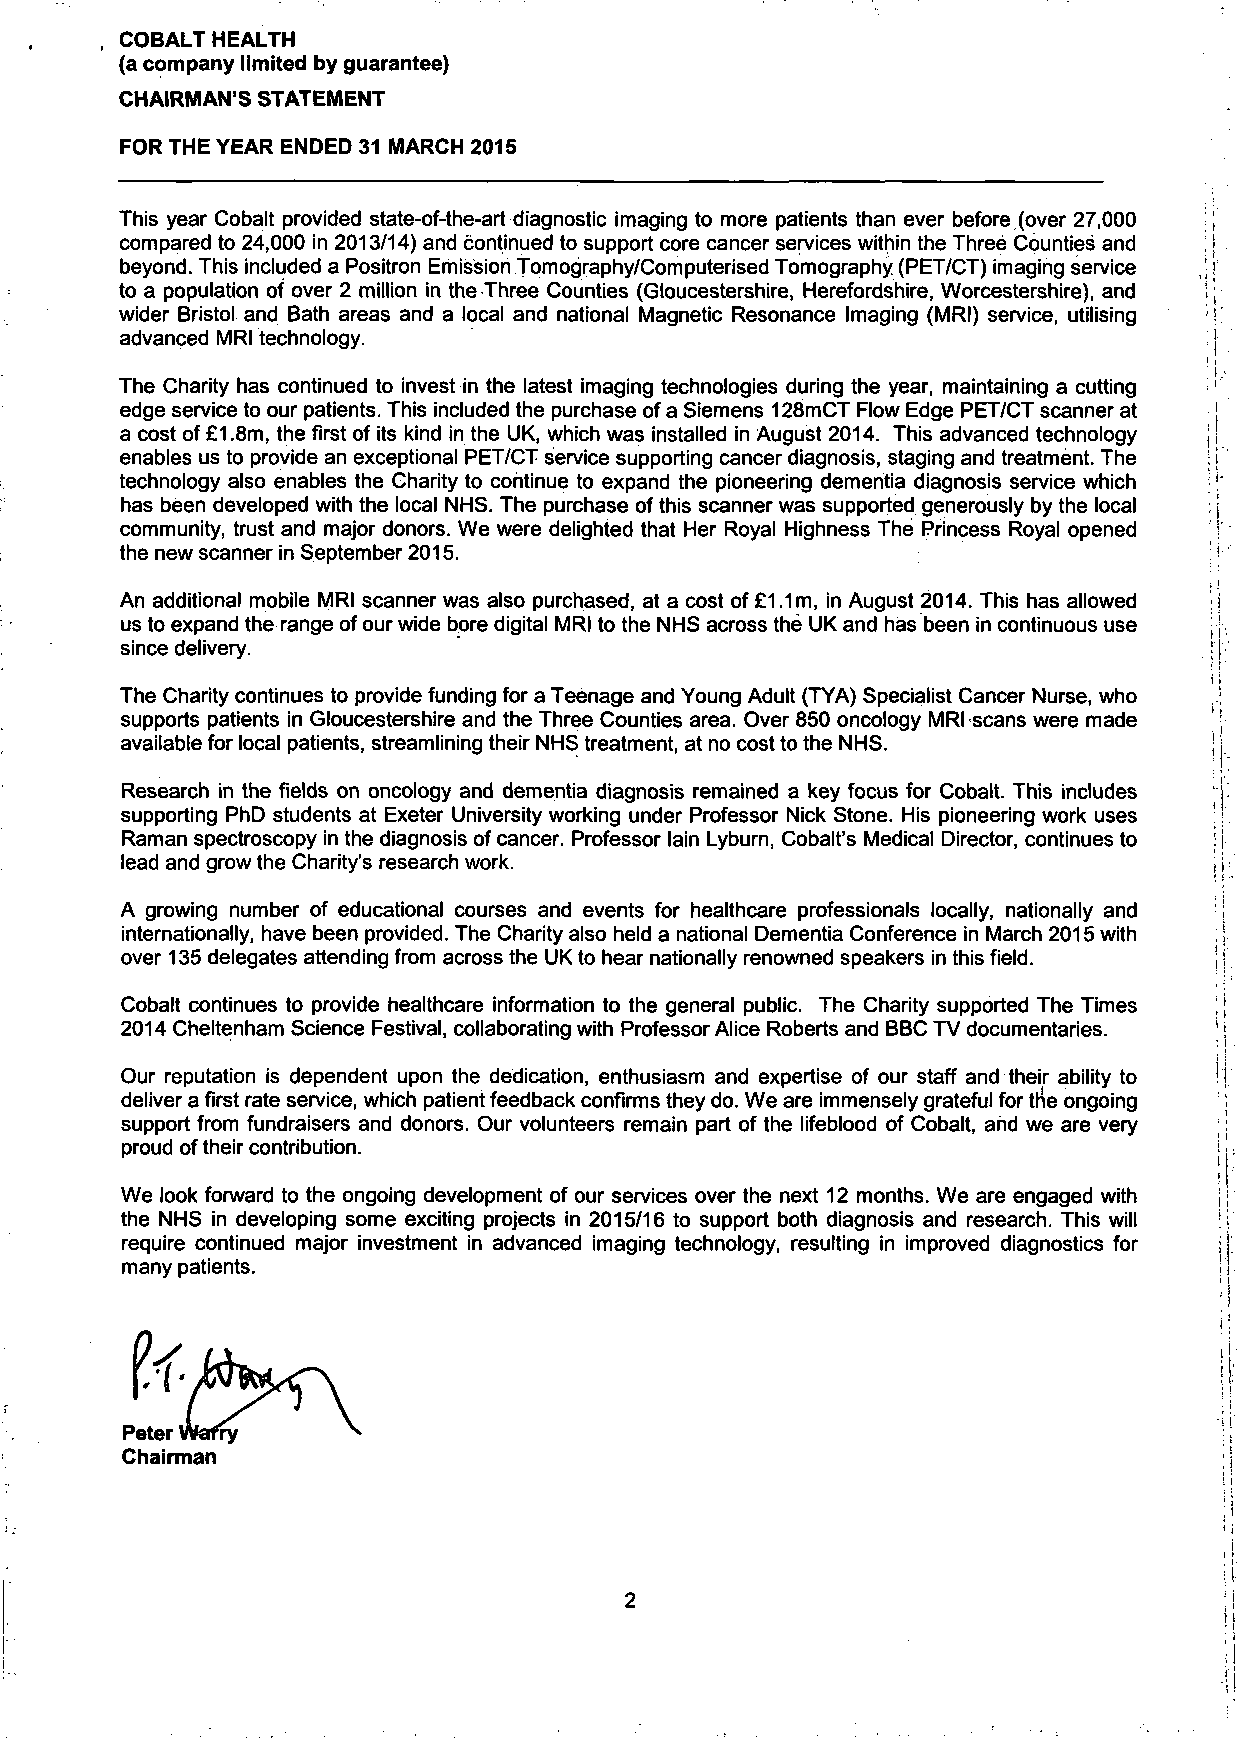
COBALT HEALTH
 (a company limited by guarantee)
 CHAIRMAN'S STATEMENT
 FOR THE YEAR ENDED 31 MARCH 2015
 This year Cobalt provided state-of-the-art diagnostic imaging to more patients than ever before (over 27,000
 compared to 24,000 in 2013/14) and continued to support core cancer services within the Three Counties and
 beyond. This included a Positron Emission Tomography/Computerised Tomography (PET/CT) imaging service
 to a population of over 2 million in the Three Counties (Gloucestershire, Herefordshire, Worcestershire), and
 wider Bristol and Bath areas and a local and national Magnetic Resonance Imaging (MRI) service, utilising
 advanced MRI technology.
 The Charity has continued to invest in the latest imaging technologies during the year, maintaining a cutting
 edge service to our patients. This included the purchase of a Siemens 128mCT Flow Edge PET/CT scanner at
 a cost of £1.8m, the first of its kind in the UK, which was installed in August 2014. This advanced technology
 enables us to provide an exceptional PET/CT service supporting cancer diagnosis, staging and treatment. The
 technology also enables the Charity to continue to expand the pioneering dementia diagnosis service which
 has been developed with the local NHS. The purchase of this scanner was supported generously by the local
 community, trust and major donors. We were delighted that Her Royal Highness The Princess Royal opened
 the new scanner in September 2015.
 An additional mobile MRI scanner was also purchased, at a cost of £1.1 m, in August 2014. This has allowed
 us to expand the range of our wide bore digital MRI to the NHS across the UK and has been in continuous use
 since delivery.
 The Charity continues to provide funding for a Teenage and Young Adult (TYA) Specialist Cancer Nurse, who
 supports patients in Gloucestershire and the Three Counties area. Over 850 oncology MRI scans were made
 available for local patients, streamlining their NHS treatment, at no cost to the NHS.
 Research in the fields on oncology and dementia diagnosis remained a key focus for Cobalt. This includes
 supporting PhD students at Exeter University working under Professor Nick Stone. His pioneering work uses
 Raman spectroscopy in the diagnosis of cancer. Professor lain Lybum, Cobalt's Medical Director, continues to
 lead and grow the Charity's research work.
 A growing number of educational courses and events for healthcare professionals locally, nationally and
 internationally, have been provided. The Charity also held a national Dementia Conference in March 2015 with
 over 135 delegates attending from across the UK to hear nationally renowned speakers in this field.
 Cobalt continues to provide healthcare information to the general public. The Charity supported The Times
 2014 Cheltenham Science Festival, collaborating with Professor Alice Roberts and BBC TV documentaries.
 Our reputation is dependent upon the dedication, enthusiasm and expertise of our staff and their ability to
 deliver a first rate service, which patient feedback confirms they do. We are immensely grateful for trie ongoing
 support from fundraisers and donors. Our volunteers remain part of the lifeblood of Cobalt, ahd we are very
 proud of their contribution.
 We look forward to the ongoing development of our services over the next 12 months. We are engaged with
 the NHS in developing some exciting projects in 2015/16 to support both diagnosis and research. This will
 require continued major investment in advanced imaging technology, resulting in improved diagnostics for
 many patients.
 Peter Waf
 Chairman
 2